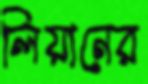
লিয়ানের